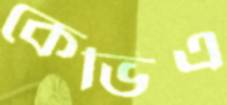
কেভিএ